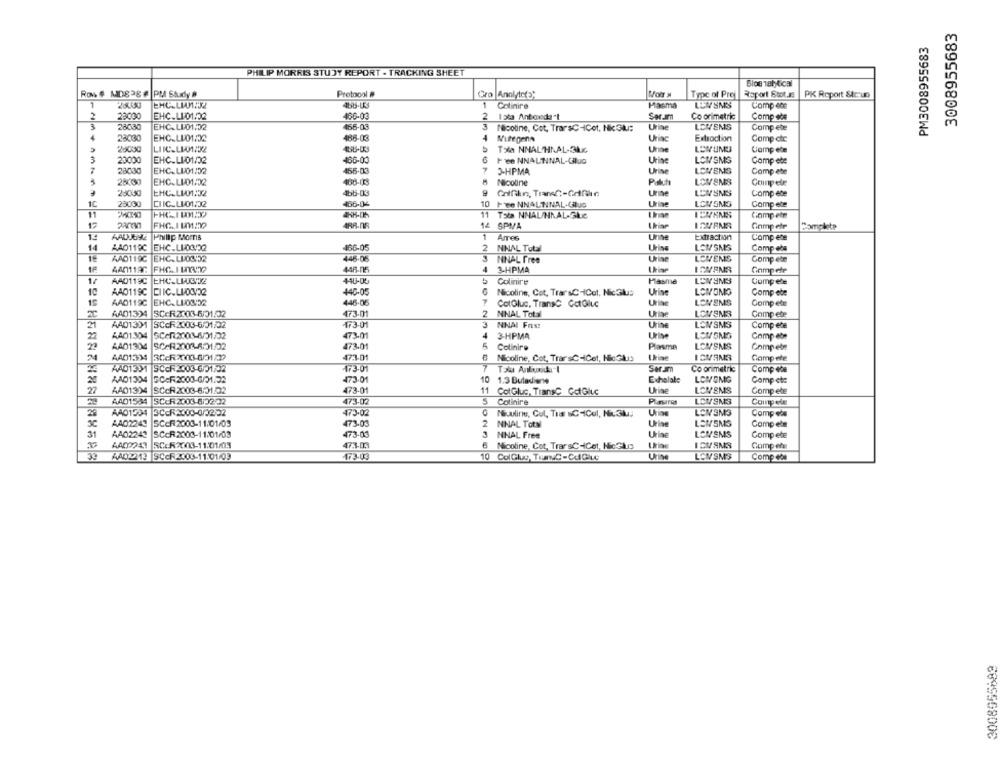
3008955683
PM3008955683
PHILIP MORRIS STUDY REPORT - TRACKING SHEET
Bloe 18htical
Rov# MD838 # PM Study &
Protocol #
Gro Analyte(2:
Moir M
Type of Prej
Raport Stot.JE
PK Roport Str-us
1
EHC.LIAMHJZ
Colinire
Masma
LEVSMS
Comp-ece
2
23030
EHC.L101.22
406-03
Sor.am
2 15ka Anbovida"t
Co orimetric
Comp ete
3
28030
EHC.LI01:52
456-03
3 Nicotine, Cot, TrarsC-ICet, Nk Glu:
Urine
LOVEMS
Compete
4
23030
EHC.LU01:32
486-08
4
Nutegens
Urinc
Extraction
Comp ctc
20000
LIIC-LIO1192
Tala NNALHNAL-3LE
Une
LOVUMS
Compete
3
20000
EHC.LI01/02
466.00
Fee NNALTINAL-GluG
Urine
LOWSMS
Comp ete
28030
EHC.LU01:32
456-03
3-HPMA
Urine
LOVEMS
Comp ete
28030
EHC.LI01:02
408-05
Nicotine
Paluh
LOVSMS
Coinpele
20030
EHC.LI01:32
Uribe
LOVSMS
Comp ete
1C
28000
CHIC.LI-01/32
466-04
10
FEe NNALTINAL-GluG
Urine
LOVSMS
Comp ete
11
11 TS& NNAL/HRAL-SILC
Compete
12
FHG. 1 101.232
AR8-NR
1& SPIA
Compete
Complete
13
AADJOSE
Philip Morris
1 Ames
Urte
Extraction
Compete
14
AA0119C EHC.L100/22
466-05
2 NNAL Total
Urine
LOWSMS
Comp ebs
AAD119C
EHC.LUOGIOR
446-06
3
MINAL Free
Urine
LOVENS
Comp ete
18
AAN119C
FHG. 1 103932
448-05
4
3-HPMA
Compete
AAD119C
EHC LIG92
440-00
Colinire
Masme
LEN9MS
Compete
440-0
10
AAD119C
Nicoline, Cot, TransC-ICot, Nic3lus
Urine
LOVEMG
Comp ete
AAD119C EHC. LIOS:32
446-05
7
CotOluc. TransC GetGluc
Urine
LOVEMS
Comp ete
AA01334 SCCR2003-6/31.02
473-01
2 NNAL Total
Urine
LOVEMS
Comp ete
21
AAD1331 SCOR2003-6/01/02
₩73-01
3
NNAI Fris:
Urine
LENSMS
Compete
22
4401304
SCen2003-6/01/02
473.01
4
3-HPMA
Lise
LOVSMG
Comp ete
2ª
AA01304
SCAR2003-601/02
473.01
5
Colinire
Plasma
LOVSMS
Comp ete
AA01334
47.3-01
Nicoline, Cot, Trar'sCHICet, NicGlus
Lise
Compete
A401331 SCCR2003-601702
7
Talk Anbunida 1
Seram
Co onimetric
Compete
20
AA01304
GCER2003-6/01.32
473-01
10 1.3 Butadiwe
Exholale
LONGMG
Comp ete
Urine
27
AA01304 SCOR2003-6:31/02
473-01
11 CotGluc, TransC GetGilc
LOVEMS
Compete
A401534 SCOR2003-6/02/02
473-02
5
Cotinire
Plastros
LOVSMS
Compete
AA01504
473.02
Urine
Mouuline, Cul, Tra &CHCel, Ni31.
LON SMS
Compels
3C
AA02243
SCCR2003-11/01/03
473.03
2
NNAL Total
Urine
LOWSMS
Compets
31
AAO2243
SCCR2003-11:01/03
473-0
3
NNAL Free
Urine
LOWSMS
Compete
A409243 5CcR2003-11:01/09
473-03
Nicoline, Cot, Trar &CHICet, Nicelus
Urine
ICVSMS
Compens
33
AAD2213 SCCR2003-11:01/03
173.09
10 ColGly TinuC-CalGlue
Urine
LOV SMS
Comp ete